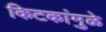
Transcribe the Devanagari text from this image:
किटकांमुळे